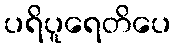
ပရိပူရေတိပေ